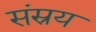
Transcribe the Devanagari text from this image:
संस्रय